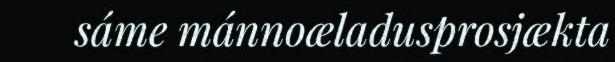
sáme mánnoæladusprosjækta